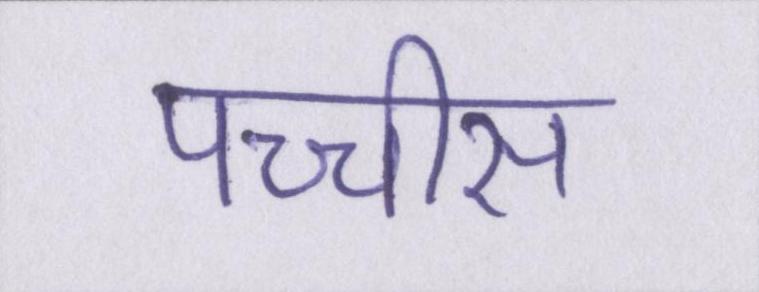
पच्चीस